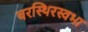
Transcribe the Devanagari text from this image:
चरस्थिरस्वभा